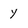
Character: y